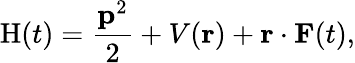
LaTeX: \mathrm{H}(t)=\frac{\mathbf{p}^{2}}{2}+V(\mathbf{r})+\mathbf{r}\cdot\mathbf{F}(t),